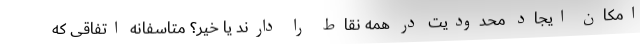
امکان ایجاد محدودیت در همه نقاط را دارند یا خیر؟ متاسفانه اتفاقی که